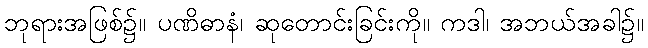
ဘုရားအဖြစ်၌။ ပဏိဓာနံ၊ ဆုတောင်းခြင်းကို။ ကဒါ၊ အဘယ်အခါ၌။